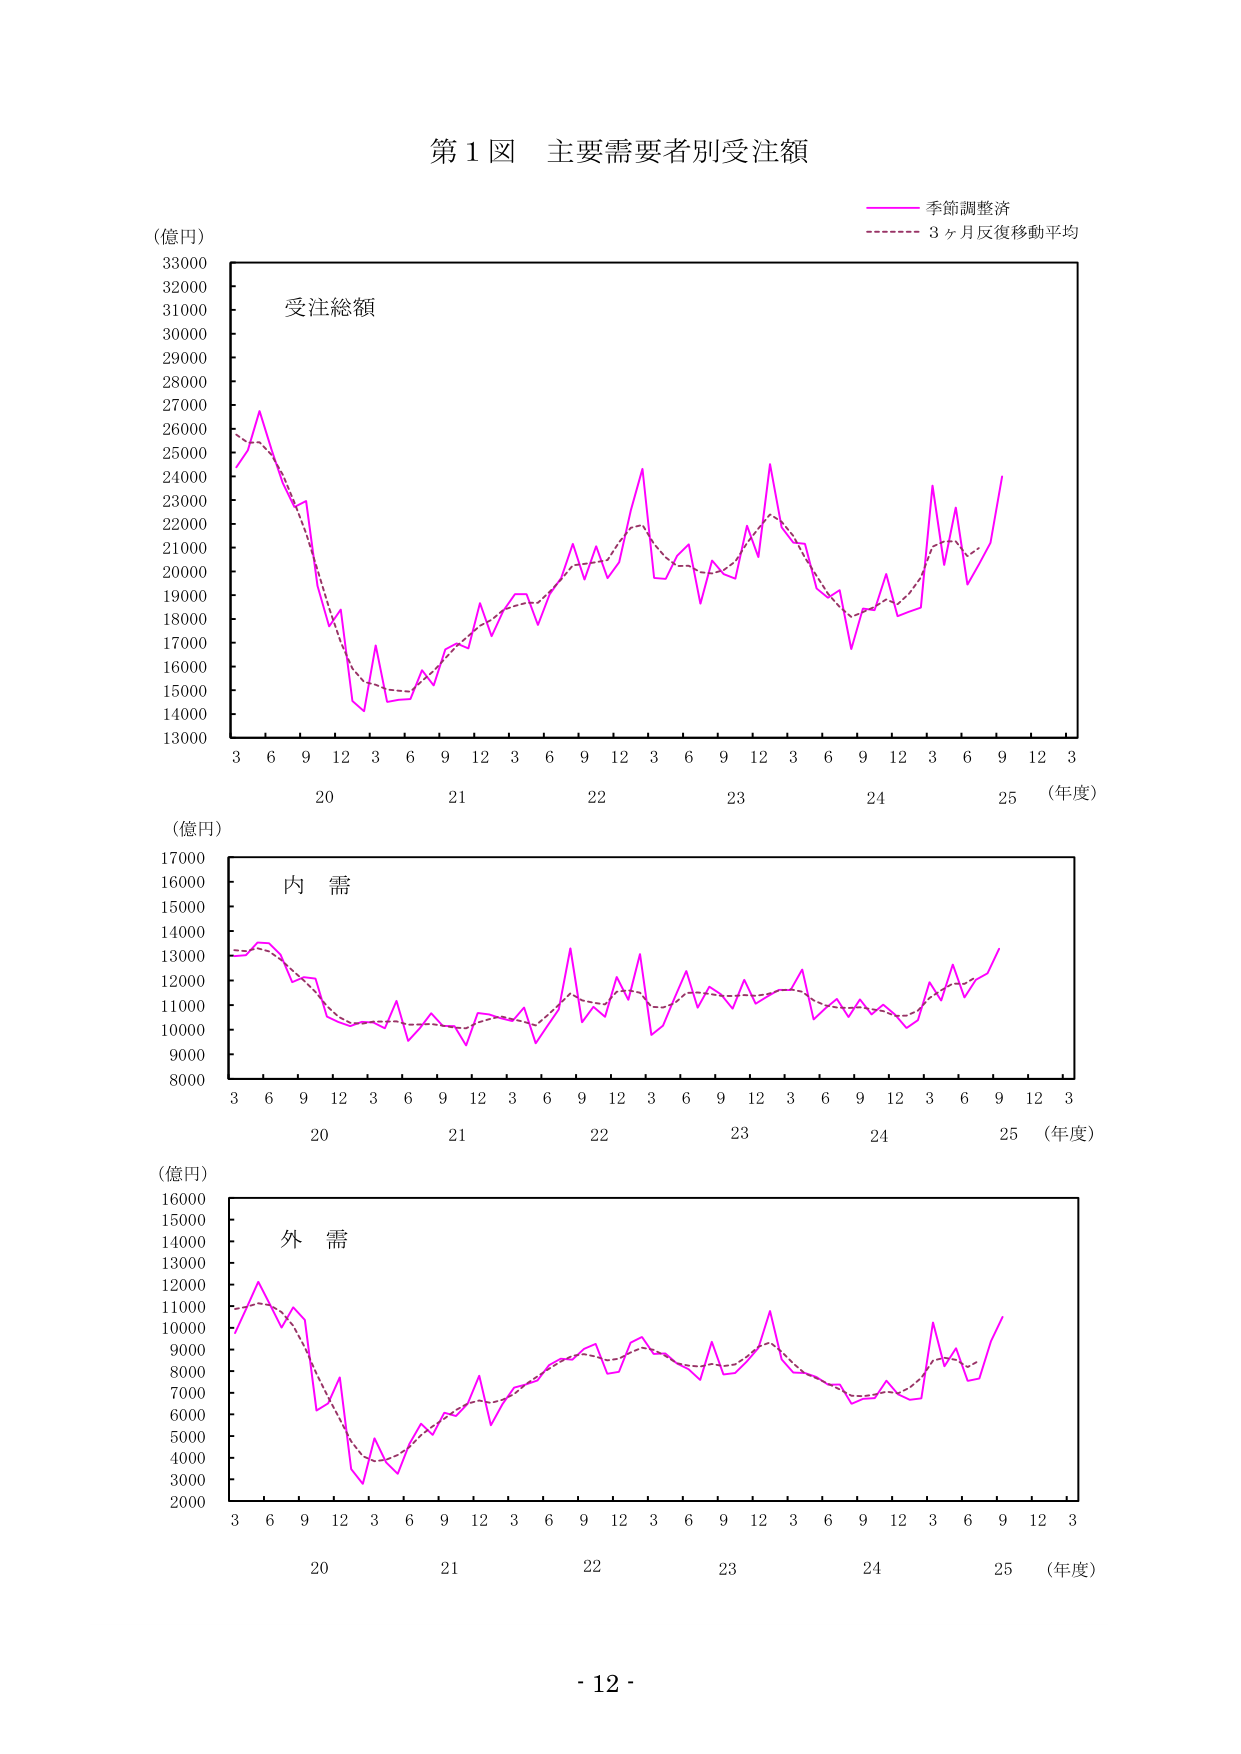
第1図 主要需要者別受注額

(億円)
33000
32000
31000
30000
29000
28000
27000
26000
25000
24000
23000
22000
21000
20000
19000
18000
17000
16000
15000
14000
13000

受注総額

季節調整済
3ヶ月反復移動平均

3 6 9 12 3 6 9 12 3 6 9 12 3 6 9 12 3 6 9 12 3
20 21 22 23 24 25 (年度)

(億円)
17000
16000
15000
14000
13000
12000
11000
10000
9000
8000

内 需

3 6 9 12 3 6 9 12 3 6 9 12 3 6 9 12 3 6 9 12 3
20 21 22 23 24 25 (年度)

(億円)
16000
15000
14000
13000
12000
11000
10000
9000
8000
7000
6000
5000
4000
3000
2000

外 需

3 6 9 12 3 6 9 12 3 6 9 12 3 6 9 12 3 6 9 12 3
20 21 22 23 24 25 (年度)

- 12 -